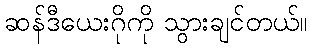
ဆန်ဒီယေးဂိုကို သွားချင်တယ်။